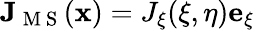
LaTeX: \mathbf{J}_{\mathrm{~M~S~}}(\mathbf{x})=J_{\xi}(\xi,\eta)\mathbf{e}_{\xi}